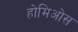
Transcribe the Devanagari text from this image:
होमिओस